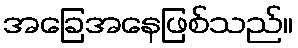
အခြေအနေဖြစ်သည်။